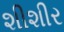
શીશીર